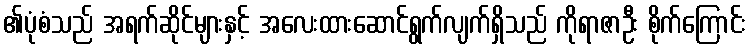
၏ပုံစံသည် အရက်ဆိုင်များနှင့် အလေးထားဆောင်ရွက်လျက်ရှိသည် ကိုရာဇာဦး စိုက်ကြောင်း